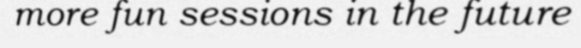
more fun sessions in the future